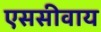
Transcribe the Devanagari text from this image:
एससीवाय